Medical and sanitary report of the native army of Bengal for the year
Year: 1875
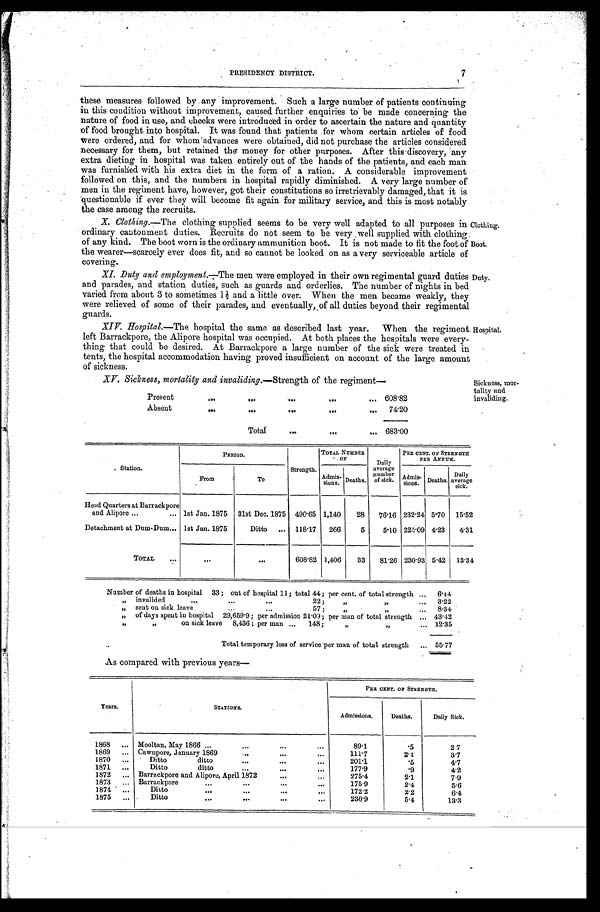
Clothing.
Boot.
7
PRESIDENCY DISTRICT.
these measures followed by any improvement. Such a large number of patients continuing
in this condition without improvement, caused further enquiries to be made concerning the
nature of food in use, and checks were introduced in order to ascertain the nature and quantity
of food brought into hospital. It was found that patients for whom certain articles of food
were ordered, and for whom advances were obtained, did not purchase the articles considered
necessary for them, but retained the money for other purposes. After this discovery, any
extra dieting in hospital was taken entirely out of the hands of the patients, and each man
was furnished with his extra diet in the form of a ration. A considerable improvement
followed on this, and the numbers in hospital rapidly diminished. A very large number of
men in the regiment have, however, got their constitutions so irretrievably damaged, that it is
questionable if ever they will become fit again for military service, and this is most notably
the case among the recruits.
X. Clothing.— The clothing supplied seems to be very well adapted to all purposes in
ordinary cantonment duties. Recruits do not seem to be very well supplied with clothing
of any kind. The boot worn is the ordinary ammunition boot. It is not made to fit the foot of
the wearer—scarcely ever does fit, and so cannot be looked on as a very serviceable article of
covering.
XI. Duty and employment.— The men were employed in their own regimental guard duties
and parades, and station duties, such as guards and orderlies. The number of nights in bed
varied from about 3 to sometimes 1½ and a little over. When the men became weakly, they
were relieved of some of their parades, and eventually, of all duties beyond their regimental
guards.
XIV. Hospital.— The hospital the same as described last year. When the regiment
left Barrackpore, the Alipore hospital was occupied. At both places the hospitals were every
-thing that could be desired. At Barrackpore a large number of the sick were treated in
tents, the hospital accommodation having proved insufficient on account of the large amount
of sickness.
Duty.
Hospital.
XV. Sickness, mortality and invaliding.— Strength of the regiment—
Present
.
.
.
608.82
Absent
.
.
.
74.20
Total
.
.
. 683.00
Sickness, mor--
tality and
invaliding.
Station.
PERIOD.
Strength.
TOTAL NUMBER
OF
Daily
average
number
of sick.
PER CENT. OF STRENGTH
PER ANNUM.
From
To
Admis-sions. Deaths.
Admis-
sions.
Deaths.
Daily
average
sick.
Head Quarters at Barrackpore
and Alipore . . . 1st Jan. 1875
31st Dec. 1875
490.65 1,140
28
76.16 232.24 5.70
15.52
Detachment at Dum-Dum . . . 1st Jan. 1875
Ditto . . .
118.17
266
5
5.10 225.09 4.23
4.31
TOTAL . . .
. . .
. . .
608.82
1,406
33
81.26 230.93 5.42
13.34
Number of deaths in hospital 33 ; out of hospital 11; total 44; per cent. of total strength . . .
6.44
" invalided . . .
22; " " . . .
3.22
"sent on sick leave . . .
57 ;" ",
. . .
8.34
" of days spent in hospital
29,659.9; per admission 21.09; per man of total strength . . . 43.42
" "
on sick leave 8,436; per man . . . 1 4 8 ;
" "
. . . 12.35
Total temporary loss of service per man of total strength . . .
55.77
As compared with previous years—
Years.
STATIONS.
PER CENT. OF STRENGTH.
Admissions.
Deaths.
Daily Sick.
1868 . . .
Mooltan, May 1866 . . .
89.1
.5
2 7
1869 . . .
Cawupore, January 1869 . . .
111.7
2.4
3.7
1870 . . .
Ditto
ditto
...
201.1
.5
4.7
1871 . . .
Ditto
ditto
...
177.9
.9
4.2
1872 . . .
Barrackpore and Alipore, April 1872 . . .
275.4
2.1
7.9
1873 . . .
Barrackpore . . .
175.9
2.4
5.6
1874 . . .
Ditto
. . .
172.2
2.2
6.4
1875 . . .
Ditto
.
.
.
230.9
5.4
13.3